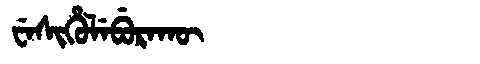
Manchu: ᠸᡝᠰᡳᡥᡠᠯᡝᠪᡠᡵᠠᡴᡡ
Romanization: WESIHULEBURAKŪ